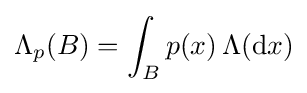
\Lambda _{p}(B)=\int _{B}p(x)\,\Lambda (\mathrm {d} x)